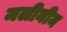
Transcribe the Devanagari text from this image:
मलीनीम